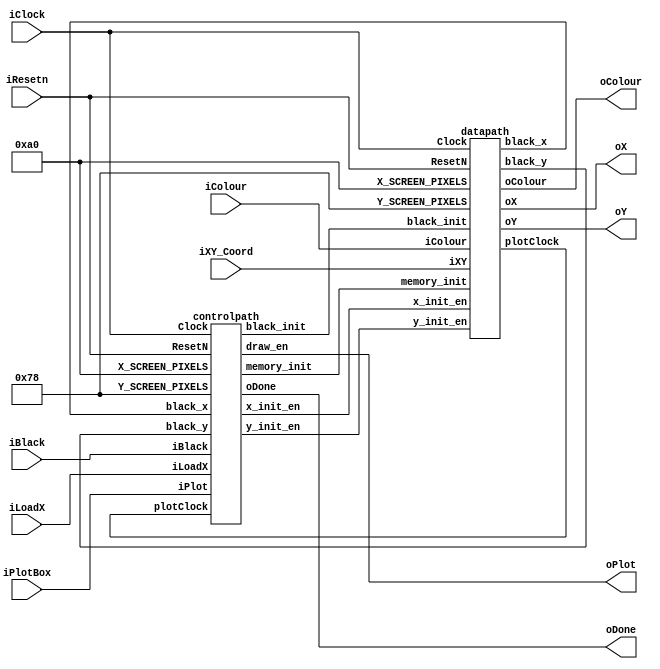
module part2fortesting(iResetn,iPlotBox,iBlack,iColour,iLoadX,iXY_Coord,iClock,oX,oY,oColour,oPlot,oDone);
   parameter X_SCREEN_PIXELS = 8'd160;
   parameter Y_SCREEN_PIXELS = 7'd120;

   input wire iResetn, iPlotBox, iBlack, iLoadX; // Active low synchronous reset 
// iLoadX held high --> iXY_Coord value stored into an X register after every posedge clock
// iLoadX pulsed --> Y coord inout at iXY_Coord 
// loaded when input iPlotBox pulsed to start the drawing

// iPlotBox high --> iXY_Coord stored into "Y register"
                //--> iColour stored into "Colour register" after every posedge clock
//               filled square should be drawn when pulsed high and then low
//              connected to pushbutton

// iBlack --> when pulsed high and low --> entire screen to black (0, 0, 0)
//            connected to pushbutton

   input wire [2:0] iColour; // square should be filled w this color
   // loaded into register when input iPlotBox is pulsed

   input wire [6:0] iXY_Coord; // input x and y coord (coords of sqare's top left corner)
   input wire 	    iClock;
   output wire [7:0] oX;         // VGA pixel coordinates (0, 0) is top left corner
                                // set most significant bit to 0
   output wire [6:0] oY;

   output wire [2:0] oColour;     // VGA pixel colour (0-7)
   output wire 	     oPlot;       // Pixel draw enable (write enable signal)
                                // tells the controller to update the pixel specified by (X,Y) with the value Colour at the
                                // next clock edge.
   output wire       oDone;       // goes high when finished drawing frame
                                // must remain gigh until iPlotBox or iBlack pulsed high and then low

    wire x_en, y_en, memory_en, black_en;
    wire [3:0] plotClock;

    wire [7:0] black_x;
    wire [6:0] black_y;
   //
   // Your code goes here
   //

   controlpath cp1 (iClock, iResetn, iLoadX, iBlack, iPlotBox,
                x_en, y_en, memory_en, black_en, oPlot, oDone, plotClock, 
                X_SCREEN_PIXELS, Y_SCREEN_PIXELS, black_x, black_y);
    
    datapath dp1 (iClock, iResetn, iColour, iXY_Coord, X_SCREEN_PIXELS, Y_SCREEN_PIXELS,
                x_en, y_en, memory_en, black_en,
                oX, oY, oColour, plotClock, black_x, black_y);

endmodule // part2

module controlpath(Clock, ResetN, iLoadX, iBlack, iPlot, 
x_init_en, y_init_en, memory_init, black_init, draw_en, oDone, plotClock,
X_SCREEN_PIXELS, Y_SCREEN_PIXELS, black_x, black_y);

    input Clock, ResetN, iLoadX, iBlack, iPlot;
    input [3:0] plotClock;
    input [7:0] black_x;
    input [6:0] black_y;

    output reg x_init_en, y_init_en, memory_init, black_init, draw_en, oDone;

    reg [2:0] current_state, next_state;

    parameter load_x = 3'd0,
    load_x_wait = 3'd1,
    load_y = 3'd2,
    load_y_wait = 3'd3,
    memory = 3'd4,
    draw_wait = 3'd5,
    draw_black = 3'd6,
    draw_done = 3'd7;

    input [7:0] X_SCREEN_PIXELS;
    input [6:0] Y_SCREEN_PIXELS;
            

    always@(*)
        begin: state_table
            case (current_state)
            load_x: next_state = iLoadX ? load_x_wait : load_x;
            load_x_wait: next_state = iLoadX ? load_x_wait : load_y;
            
            load_y: next_state = iPlot ? load_y_wait : load_y; // checks if pressed & then unpressed
            load_y_wait: next_state = iPlot ? load_y_wait : memory;

            memory: begin
                if (plotClock == 4'd15) // plot 16 pixels
                    next_state = draw_wait;
                else
                    next_state = memory;
            end

            draw_wait: next_state = draw_done;
            draw_done: next_state = load_x;

            draw_black: begin
                if (black_x == (X_SCREEN_PIXELS - 1) && black_y == (Y_SCREEN_PIXELS - 1))
                    next_state = draw_wait;
                else
                    next_state = draw_black;
            end

            default: next_state = load_x;
            endcase
        end


    always @(*)
    begin: enable_signals

        // default make all to 0
        x_init_en = 1'b0;
        y_init_en = 1'b0;
        memory_init = 1'b0;
        black_init = 1'b0;
        draw_en = 1'b0;
        oDone = 1'b0;

        case (current_state)

        load_x: begin
            x_init_en = 1'b1;
        end

        load_y: begin
            y_init_en = 1'b1;
            // draw_en = 1'b1;
        end

        memory: begin
            memory_init = 1'b1;
            draw_en = 1'b1;
        end

        draw_black: begin
            black_init = 1'b1;
            draw_en = 1'b1;
        end

        draw_done: oDone = 1'b1;

        endcase
    end

    // current_state registers
    always@(posedge Clock)
    begin: state_FFs
        if(!ResetN)
            current_state <= load_x;
        else if(iBlack)
            current_state <= draw_black;
        else
            current_state <= next_state;

    end // state_FFS
endmodule

module datapath(Clock, ResetN, iColour, iXY, X_SCREEN_PIXELS, Y_SCREEN_PIXELS,
                x_init_en, y_init_en, memory_init, black_init, 
                oX, oY, oColour, plotClock, black_x, black_y);

    input Clock, ResetN, x_init_en, y_init_en, memory_init, black_init;
    input [7:0] X_SCREEN_PIXELS;
    input [6:0] Y_SCREEN_PIXELS;
    input [6:0] iXY;
    input [2:0] iColour;
    // X Register, Y Register, Colour Register
    // registers to hold cur_x and cur_y
    reg [7:0] X_register;
    reg [6:0] Y_register;
    reg [2:0] Colour_register;

    output reg [7:0] oX, black_x;
    output reg [6:0] oY, black_y;
    output reg [2:0] oColour;

    output reg [3:0] plotClock;

// adders to sweep accross dim cols and dim rows

// Registers a, b, c, x with respective input logic
    always@(posedge Clock) begin

        if(!ResetN) begin
            X_register <= 0;
            Y_register <= 0;
            Colour_register <= 0;
        end
        else begin
            if (x_init_en) X_register <= {1'b0, iXY}; // concat w 0 at MSB
            else if (y_init_en) begin
                Y_register <= iXY;
                Colour_register <= iColour;
            end

            else if(memory_init) begin
                oX <= X_register + plotClock[1:0]; // LSB
                oY <= Y_register + plotClock[3:2]; // MSB
                oColour <= Colour_register; // set to inputted colour
            end

            else if(black_init)begin
                oX <= black_x;
                oY <= black_y;
                oColour <= 0;
            end

        end

    end

    // clock increments for drawing & black plots
    always @(posedge Clock)
    begin
        if (!ResetN) 
        begin
            plotClock <= 4'd0;
            black_x <= 0;
            black_y <= 0;
        end

        else if (plotClock == 4'd15)
        begin
            plotClock = 4'd0;
        end

        else if(memory_init) plotClock <= plotClock +1; // drawn --> increment the pixel position

        else if ((black_x == X_SCREEN_PIXELS-1) & (black_y == Y_SCREEN_PIXELS-1)) // reached end
        begin
            black_x <= 0;
            black_y <= 0;
        end

        else if (black_x == X_SCREEN_PIXELS-1) //reached end of row
        begin
            black_x <= 0; // reset next row
            black_y <= black_y + 1 ;
        end

        else if(black_init)
            black_x <= black_x +1; // color each col in the row black
        end
        
endmodule